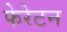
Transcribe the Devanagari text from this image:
फेरेटन